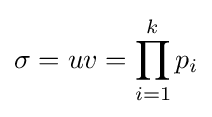
\sigma =uv=\prod _{i=1}^{k}p_{i}